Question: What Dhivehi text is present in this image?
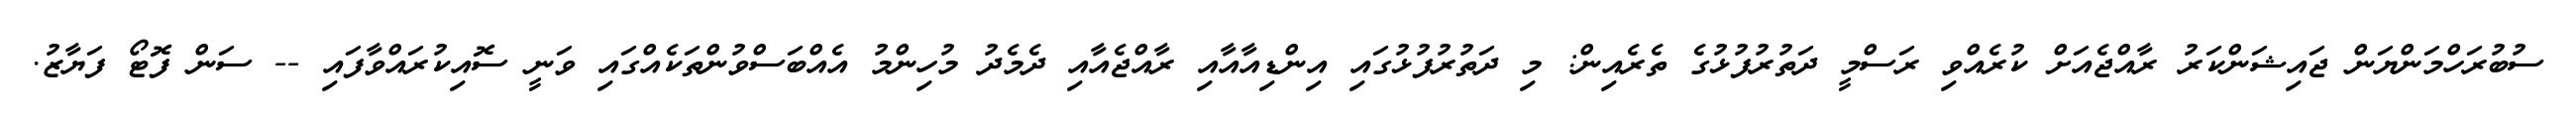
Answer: ސުބުރަހްމަންޔަން ޖައިޝަންކަރު ރާއްޖެއަށް ކުރެއްވި ރަސްމީ ދަތުރުފުޅުގެ ތެރެއިން: މި ދަތުރުފުޅުގައި އިންޑިއާއާއި ރާއްޖެއާއި ދެމެދު މުހިންމު އެއްބަސްވުންތަކެއްގައި ވަނީ ސޮއިކުރައްވާފައި -- ސަން ފޮޓޯ ފަޔާޒު.